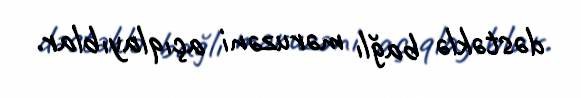
dəstəklə bağlı məruzəni açıqlayıblar.